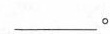
___。